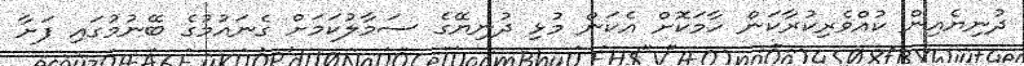
ދުނިޔެއިން ކުއްވެރިކުރާކަން ހާމަކޮށް އެކަން މުޅި ދުނިޔޭގެ ސަމާލުކަމަށް ގެނައުމުގެ ބޭނުމުގައި ފަށާ